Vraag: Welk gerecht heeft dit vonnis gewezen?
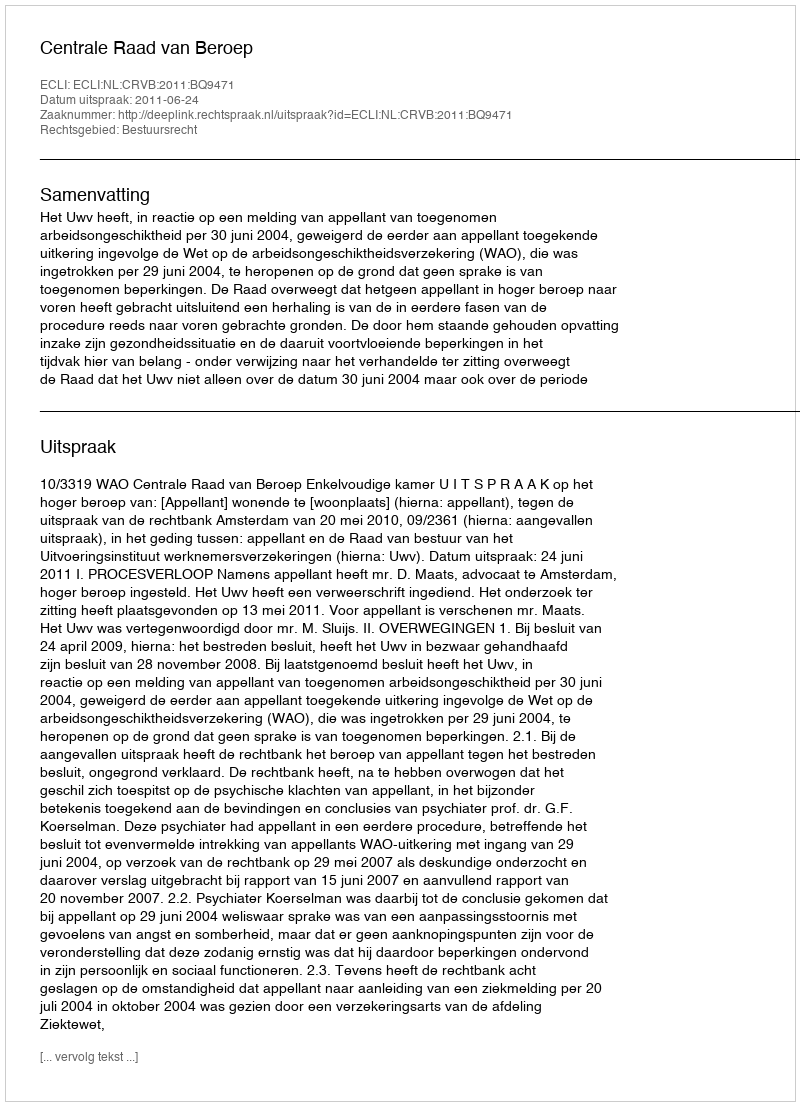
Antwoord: Centrale Raad van Beroep